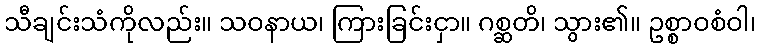
သီချင်းသံကိုလည်း။ သဝနာယ၊ ကြားခြင်းငှာ။ ဂစ္ဆတိ၊ သွား၏။ ဥစ္စာဝစံဝါ၊